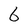
Character: 6